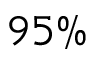
9 5 \%